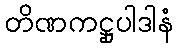
တိဏကဋ္ဌုပါဒါနံ